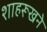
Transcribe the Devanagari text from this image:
शाहरूखने